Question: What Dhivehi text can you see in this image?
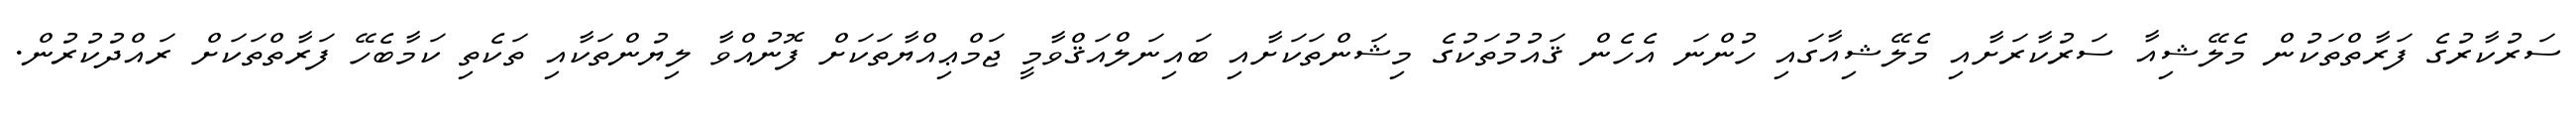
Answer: ސަރުކާރުގެ ފަރާތްތަކުން މެލޭޝިއާ ސަރުކާރަށާއި މެލޭޝިއާގައި ހުންނަ އެހެން ޤައުމުތަކުގެ މިޝަންތަކަށާއި ބައިނަލްއަޤްވާމީ ޖަމްޢިއްޔާތަކަށް ފޮނުއްވާ ލިޔުންތަކާއި ތަކެތި ކަމާބެހޭ ފަރާތްތަކަށް ރައްދުކުރުން.